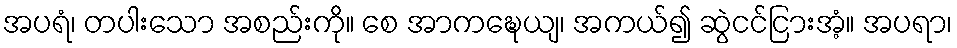
အပရံ၊ တပါးသော အစည်းကို။ စေ အာကဍ္ဎေယျ၊ အကယ်၍ ဆွဲငင်ငြားအံ့။ အပရာ၊